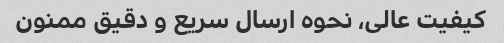
کیفیت عالی، نحوه ارسال سریع و دقیق ممنون